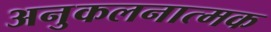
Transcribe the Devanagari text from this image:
अनुकलनात्मक